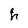
Character: h